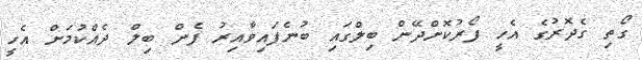
ގޯތި ގެދޮރުގެ އެހީ ފޯރުކޮށްދޭން ބިލްގައި ބުނެފައިވާއިރު ފެން ބިލް ދެއްކުމަށް އެހީ